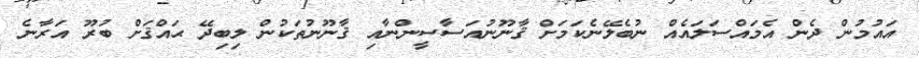
އައުމުން ދެން އެމައްސަލައެއް ނުބެލޭނެކަމަށް ޤާނޫނުއަސާސީންނާއި ޤާނޫނުތަކުން ލިބިދޭ ޙައްޤަށް ބުރޫ އަރާނެ